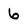
Character: 6